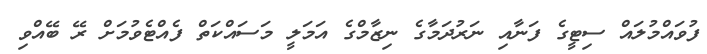
ފުވައްމުލައް ސިޓީގެ ފަނާއި ނަރުދަމާގެ ނިޒާމްގެ އަމަލީ މަސައްކަތް ފެއްޓެވުމަށް ރޭ ބޭއްވި